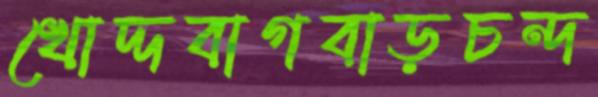
খোদ্দবাগবাড়চন্দ